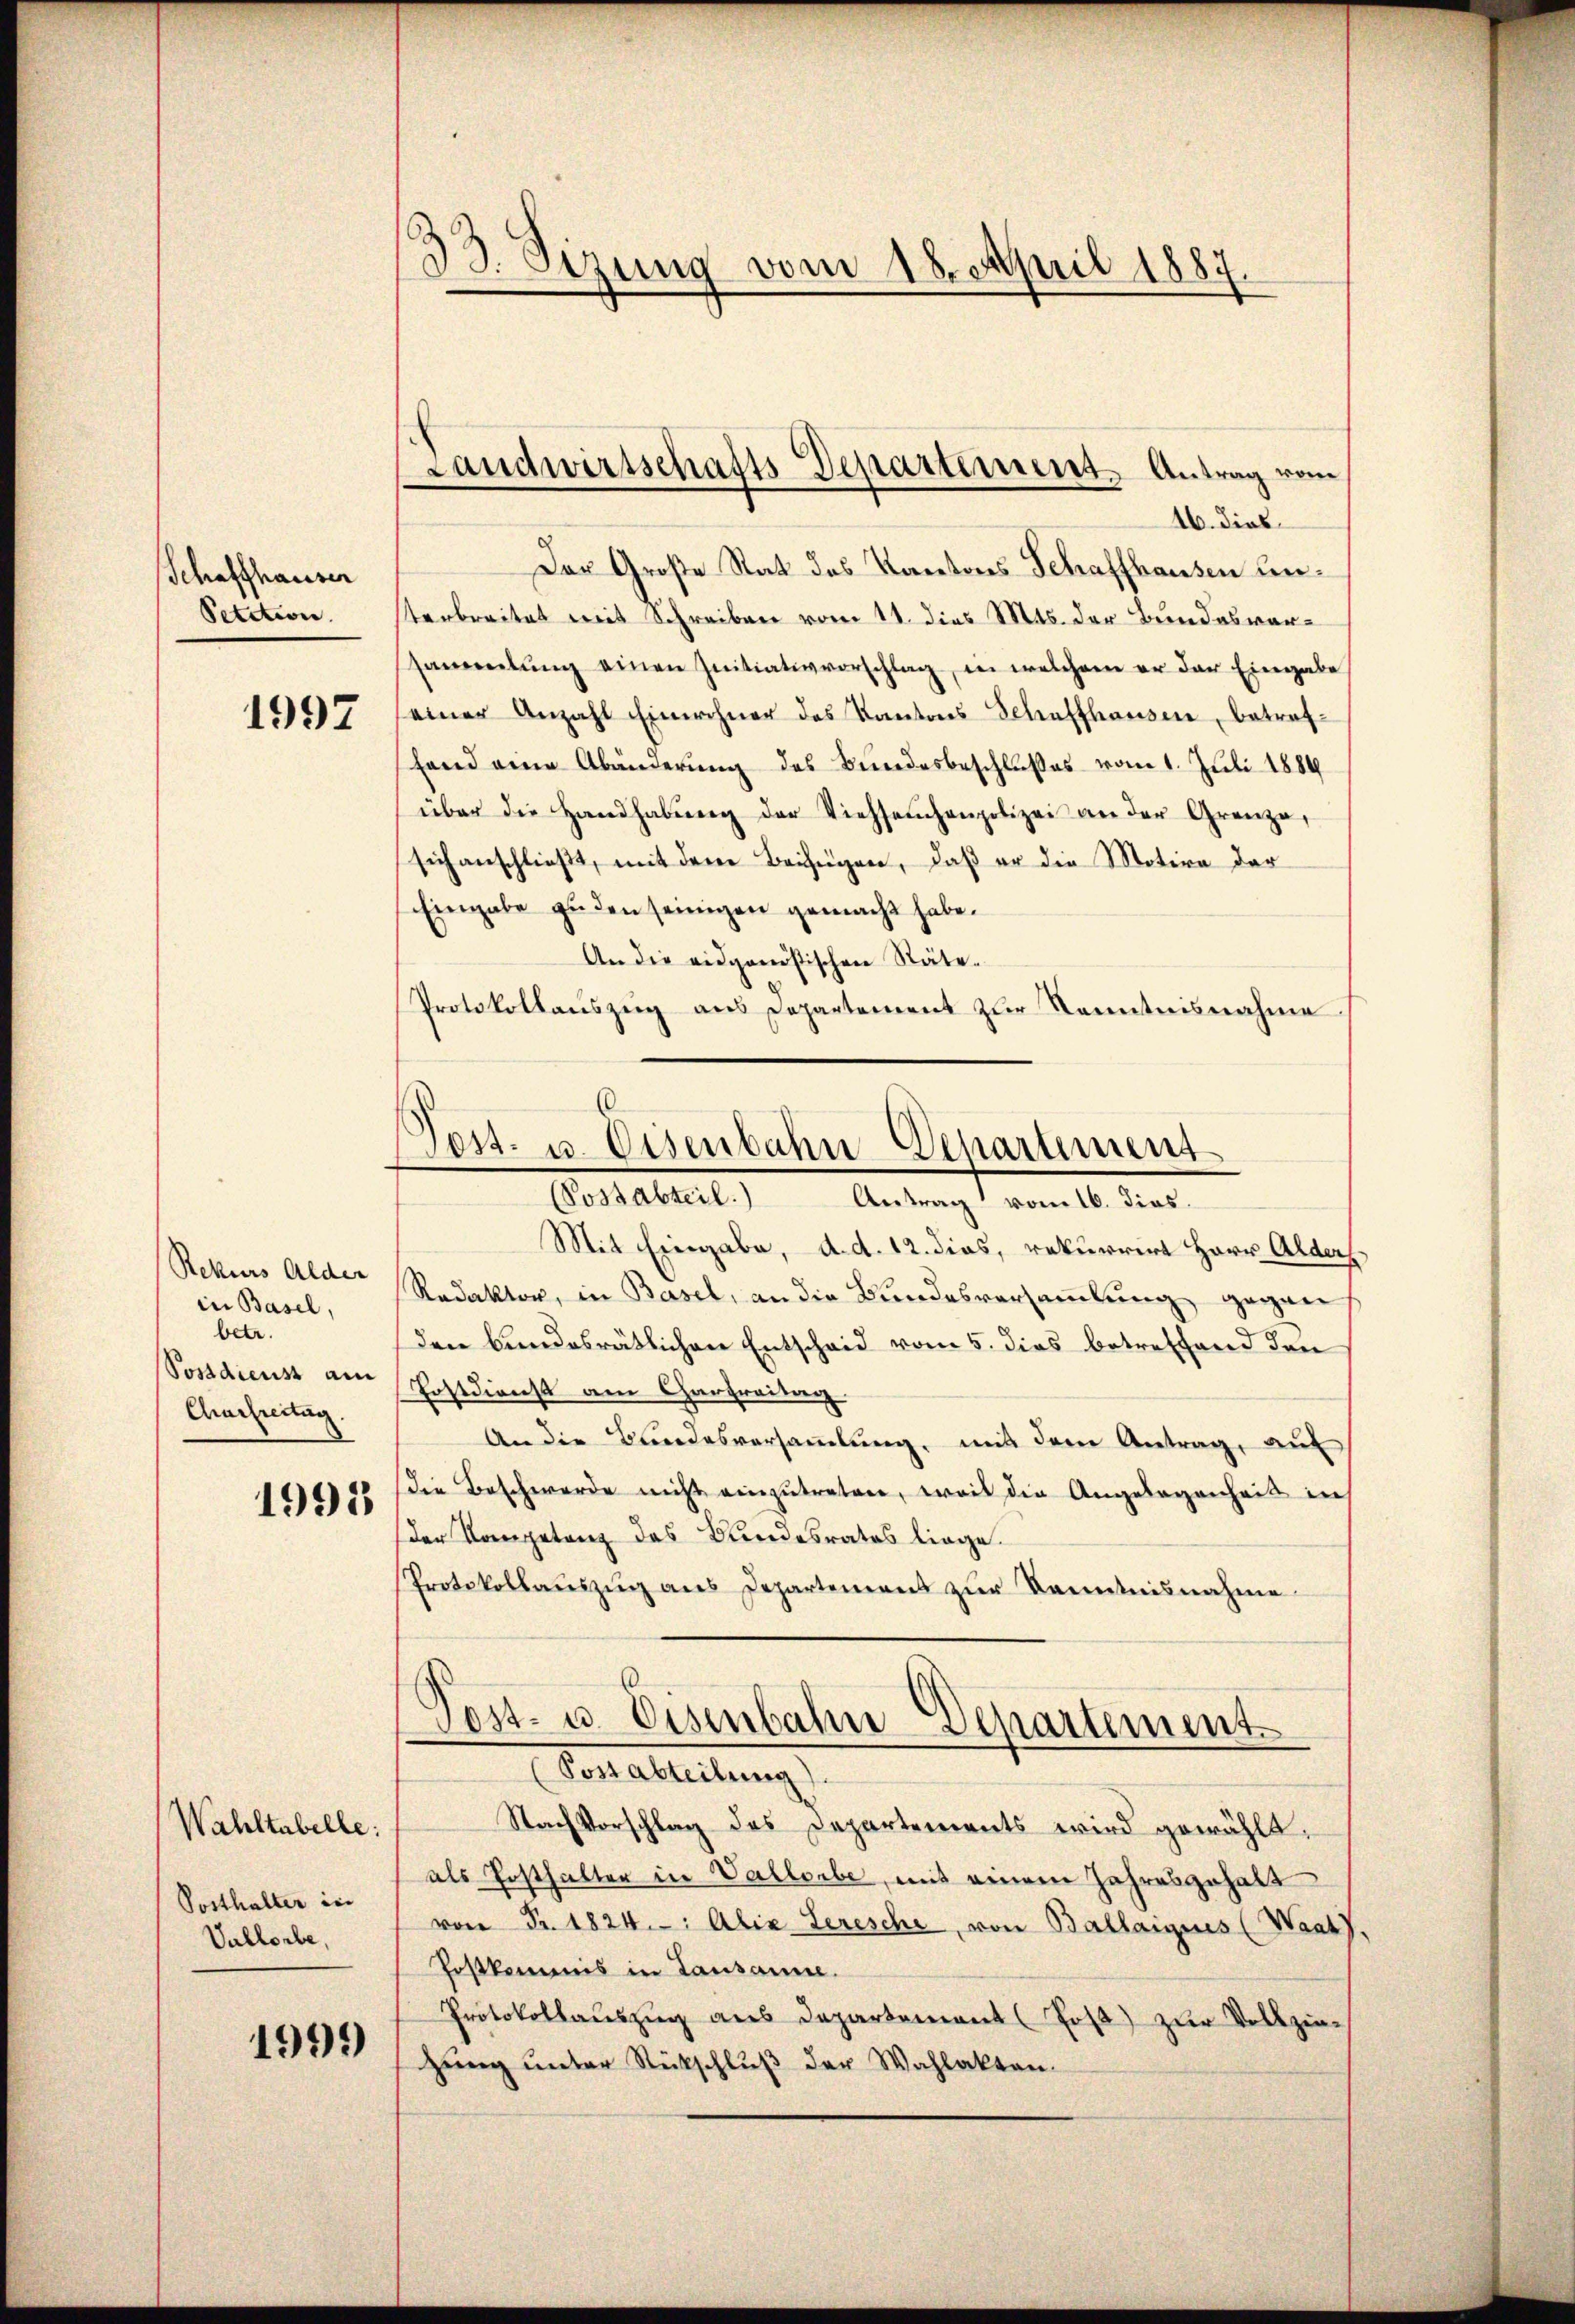
Schaffhauser
Petition.

1997

Rekurs Alder
in Basel,
betr.
Postdienst am
Charfreitag.

1993

Wahltabelle:
Posthalter in
Vallorbe,

1099

¬
33. Sizung vom 18. April 1887.

Der Große Rat des Kantons Schaffhausen Leiterbreitet mit Schreiben vom 11. dies Mts. der Bundesversammlung einen Initiativvorschlag, in welchem er der Eingabe
einer Anzahl Einwohner des Kantons Schaffhausen, betreffand eine Abänderung des Bundesbeschlußes vom 1. Juli 1884
über die Handhabŭng der Viehseuchenpolizei an der Grenze,
sich anschließt, mit dem Beifügen, daß er die Motive der
Eingabe geden seinigen gemacht habe.
An die eidgenößischen Räte.
Protokollauszug aus Departement zur Kenntnisnahme
Mit Eingabe, d. d. 12. dies, rekurrirt Herr Alders.
Redaktor, in Basel, an die Bundesversammlung gegen
den bundesrätlichen Entscheid vom 5. dies betreffend den
Fostdienst am Charfreitag
An die Bundesversaṁlŭng, mit dem Antrag, auf
die Beschwerde nicht einzutreten, weil die Angelegenheit in
der Kompetenz des Bundesrates liege.
Protokollaŭszŭg ans Departement zŭr Kenntnisnahme
Post- u. Eisenbahne Departement
Postabteilung).
Nach Vorschlag des Departements wird gewählt,
als Posthalter in Vallorbe, mit einem Jahresgehalt
von Fr. 1824. Alix Serische, von Ballaignes (Waat)
Postkommis in Lausanne.
Protokollauszug aus Departement (Pos) zur Vollziegŭng ŭnter Rückschlŭβ der Wahlakten.

Landwirtschafts Departement. Antrag vom
16. dies

Post. u. Eisenbahn Departement
Possabteil. Antrag vom 16. dies